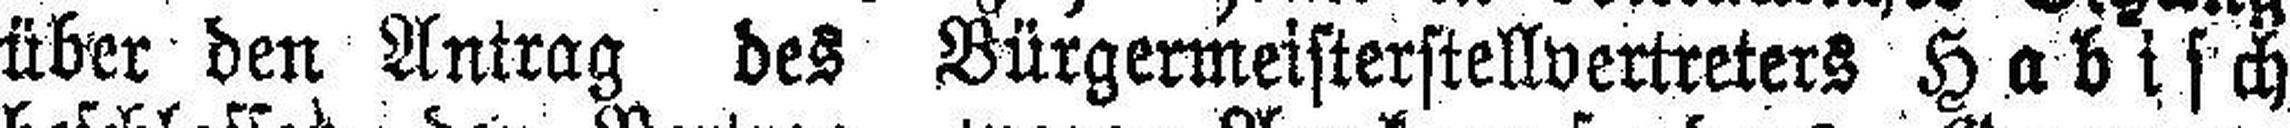
über den Antrag des Bürgermeisterstellvertreters Habisch